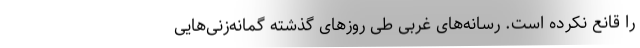
را قانع نکرده است. رسانه‌های غربی طی روزهای گذشته گمانه‌زنی‌هایی